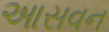
આસવન